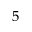
^ { 5 }